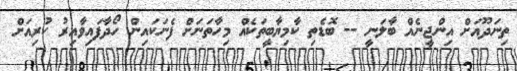
ތިނަދޫއަށް އިންޖީނެއް ބާލަނީ -- ބޮޑެތި ކާމިޔާބީތަކެއް މިހާތަނަށް ފެނަކައިން ހޯދާފައިވާއިރު ކުރިއަށް